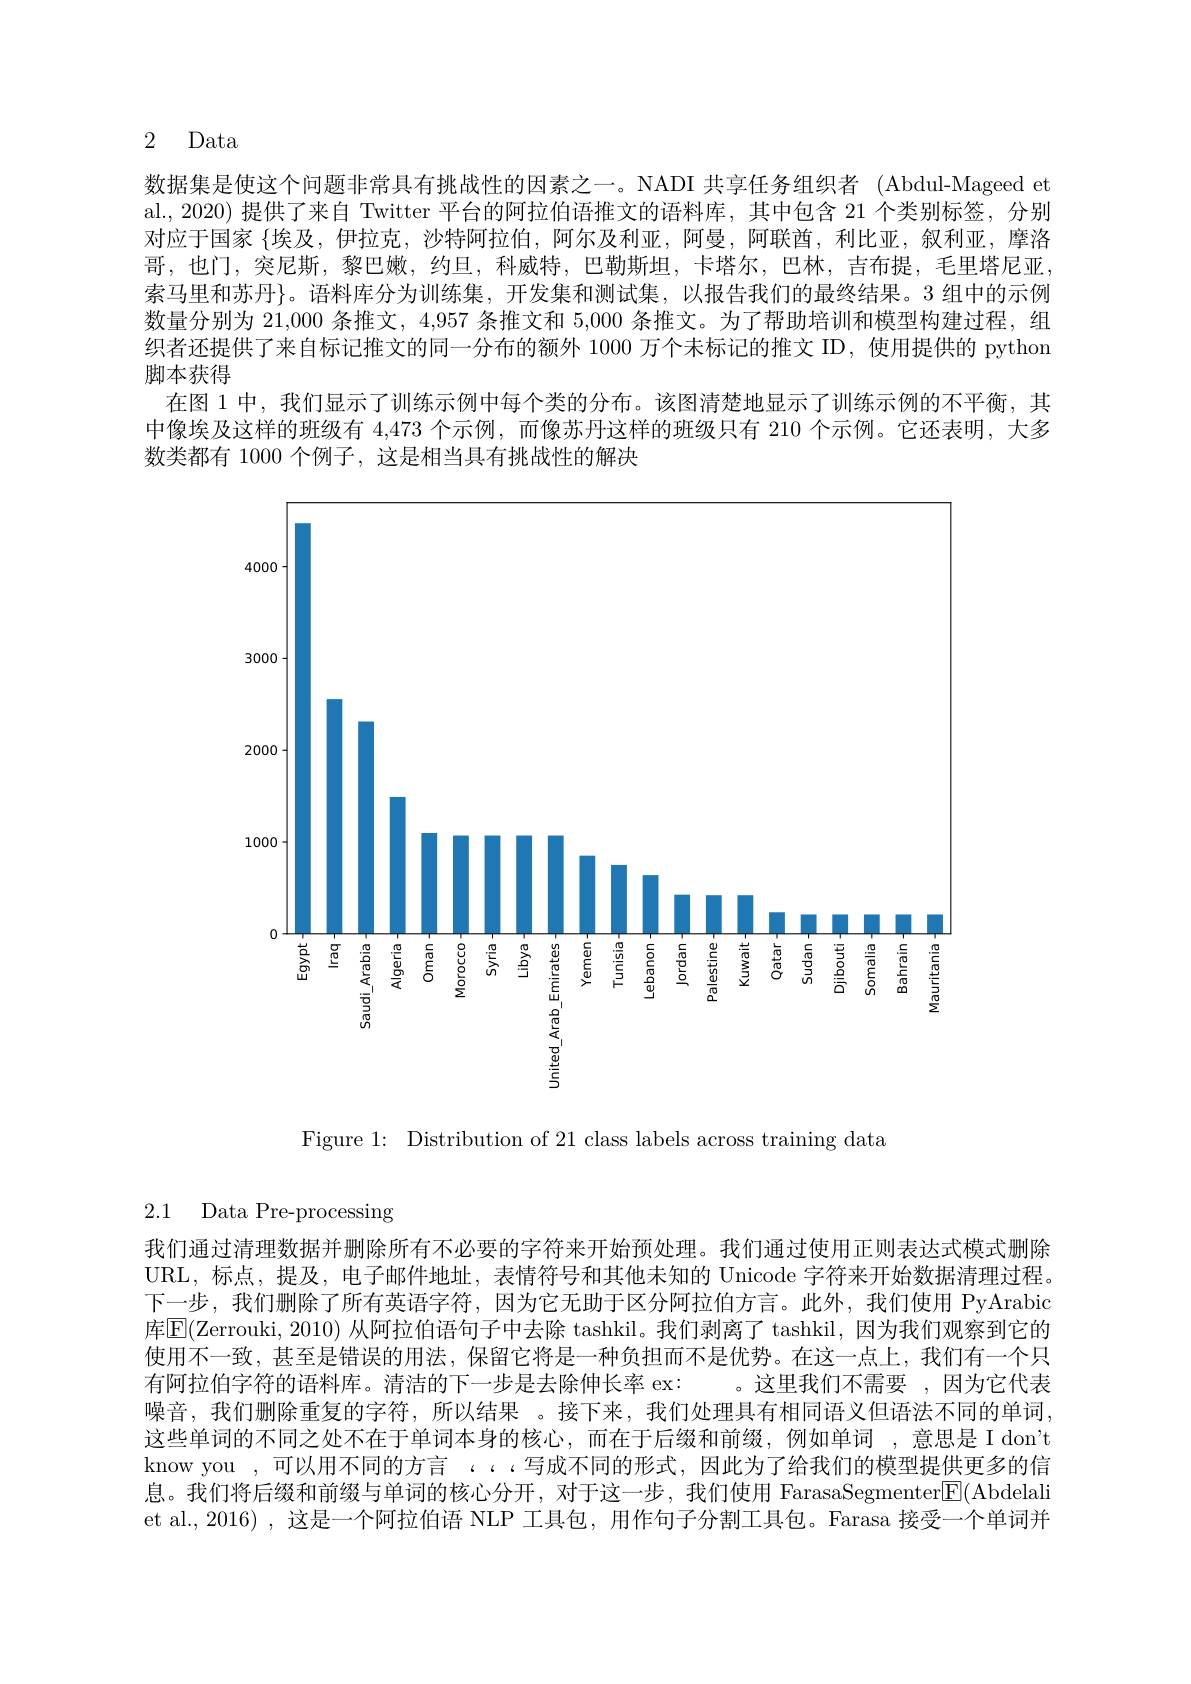
2 Data

数据集是使这个问题非常具有挑战性的因素之一。NADI 共享任务组织者 (Abdul-Mageed et al., 2020) 提供了来自 Twitter 平台的阿拉伯语推文的语料库，其中包含 21 个类别标签，分别对应于国家 $\{$埃及，伊拉克，沙特阿拉伯，阿尔及利亚，阿曼，阿联酋，利比亚，叙利亚，摩洛哥，也门，突尼斯，黎巴嫩，约旦，科威特，巴勒斯坦，卡塔尔，巴林，吉布提，毛里塔尼亚索马里和苏丹}。语料库分为训练集，开发集和测试集，以报告我们的最终结果。3 组中的示例数量分别为 21,000 条推文，4,957 条推文和 5,000 条推文。为了帮助培训和模型构建过程，组织者还提供了来自标记推文的同一分布的额外 1000 万个未标记的推文 ID,使用提供的 python 脚本获得
在图 1 中，我们显示了训练示例中每个类的分布。该图清楚地显示了训练示例的不平衡，其中像埃及这样的班级有 4,473 个示例，而像苏丹这样的班级只有 210 个示例。它还表明，大多数类都有 1000 个例子，这是相当具有挑战性的解决

<FigureHere>

Figure 1: Distribution of 21 class labels across training data

2.1 Data Pre-processing

我们通过清理数据并删除所有不必要的字符来开始预处理。我们通过使用正则表达式模式删除URL, 标点，提及，电子邮件地址，表情符号和其他未知的 Unicode 字符来开始数据清理过程下一步，我们删除了所有英语字符，因为它无助于区分阿拉伯方言。此外，我们使用 PyArabic 库|E(Zerrouki, 2010) 从阿拉伯语句子中去除 tashkil。我们剥离了 tashkil, 因为我们观察到它的使用不一致，甚至是错误的用法，保留它将是一种负担而不是优势。在这一点上，我们有一个只有阿拉伯字符的语料库。清洁的下一步是去除伸长率 ex: 。这里我们不需要 ,因为它代表噪音，我们删除重复的字符，所以结果 。接下来，我们处理具有相同语义但语法不同的单词这些单词的不同之处不在于单词本身的核心，而在于后缀和前缀，例如单词，意思是 I don't know you ,可以用不同的方言 $\ldots$ ..写成不同的形式，因此为了给我们的模型提供更多的信息。我们将后缀和前缀与单词的核心分开，对于这一步，我们使用 FarasaSegmenter$\underline{\mathrm{E}}($Abdelali et al., 2016) , 这是一个阿拉伯语 NLP 工具包，用作句子分割工具包。Farasa 接受一个单词并